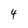
Character: 4